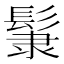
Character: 𩭞